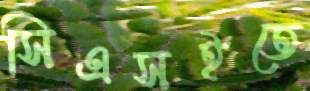
সিএসইতে